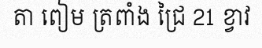
តា ពៀម ត្រពាំង ជ្រៃ 21 ខ្វាវ